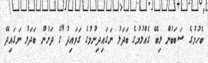
ބެހުމުގެ ސަބަބުން ލިބޭ ގެއްލުމުގެ ބަދަލު ނަގައިދިނުމުގެ ގަވައިދު"ގެ ދަށުން ބަދަލު ނަގައިދޭ